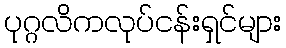
ပုဂ္ဂလိကလုပ်ငန်းရှင်များ